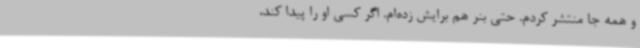
و همه جا منتشر کردم. حتی بنر هم برایش زده‌ام. اگر کسی او را پیدا کند،